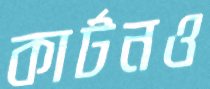
কার্টনও